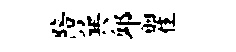
陪巽邱瞿